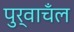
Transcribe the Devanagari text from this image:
पुर्वाचँल